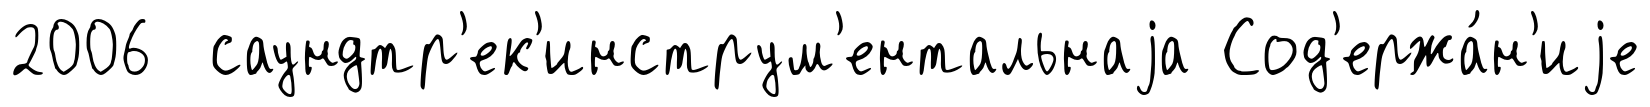
2006 саундтр'ек'инструм'ентальнаjа Сод'ержа́н'иjе